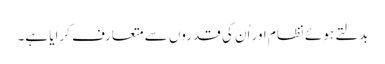
بدلتے ہوئے نظام اور اُن کی قدروں سے متعارف کرایا ہے۔